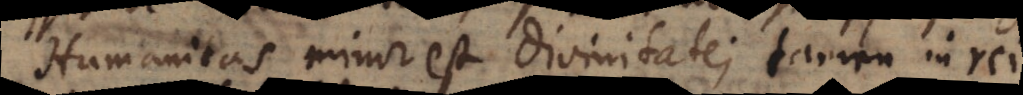
Humanitas minor est divinitate; tamen in re